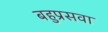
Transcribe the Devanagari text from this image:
बहुप्रसवा